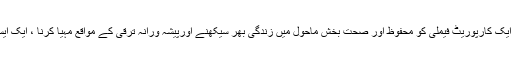
ای پی سی ایل (EPCL) کی نظر میں اس کے 470 سے زائد کا رکنوں پر مشتمل ایک کارپوریٹ فیملی کو محفوظ اور صحت بخش ماحول میں زندگی بھر سیکھنے اورپیشہ ورانہ ترقی کے مواقع مہیا کرنا ، ایک ایسی سرمایہ کاری کی مانند ہے جو کمپنی کے اپنے مستقبل کو تابناک بنا سکتی ہے۔